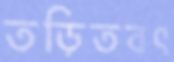
তড়িতবৎ